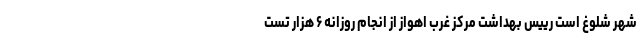
شهر شلوغ است رییس بهداشت مرکز غرب اهواز از انجام روزانه ۶ هزار تست